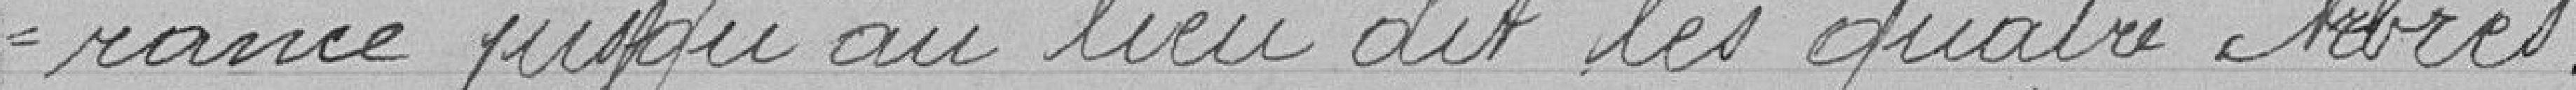
rance jusqu'au lieu dit les quatre arbres.